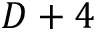
D + 4